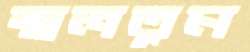
জ্বলতুম